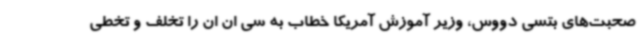
صحبت‌های بتسی دووس، وزیر آموزش آمریکا خطاب به سی ان ان را تخلف و تخطی